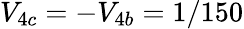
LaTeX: V_{4c}=-V_{4b}=1/150